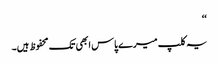
‘‘
یہ کلپ میرے پاس ابھی تک محفوظ ہیں۔